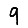
Digit: 9